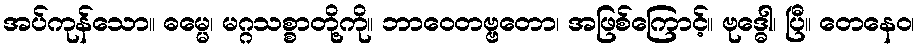
အပ်ကုန်သော။ ဓမ္မေ၊ မဂ္ဂသစ္စာတို့ကို။ ဘာဝေတဗ္ဗတော၊ အဖြစ်ကြောင့်။ ဗုဒ္ဓေါ၊ ပြီ။ တေနေဝ၊